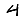
Digit: 4